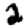
Digit: 2